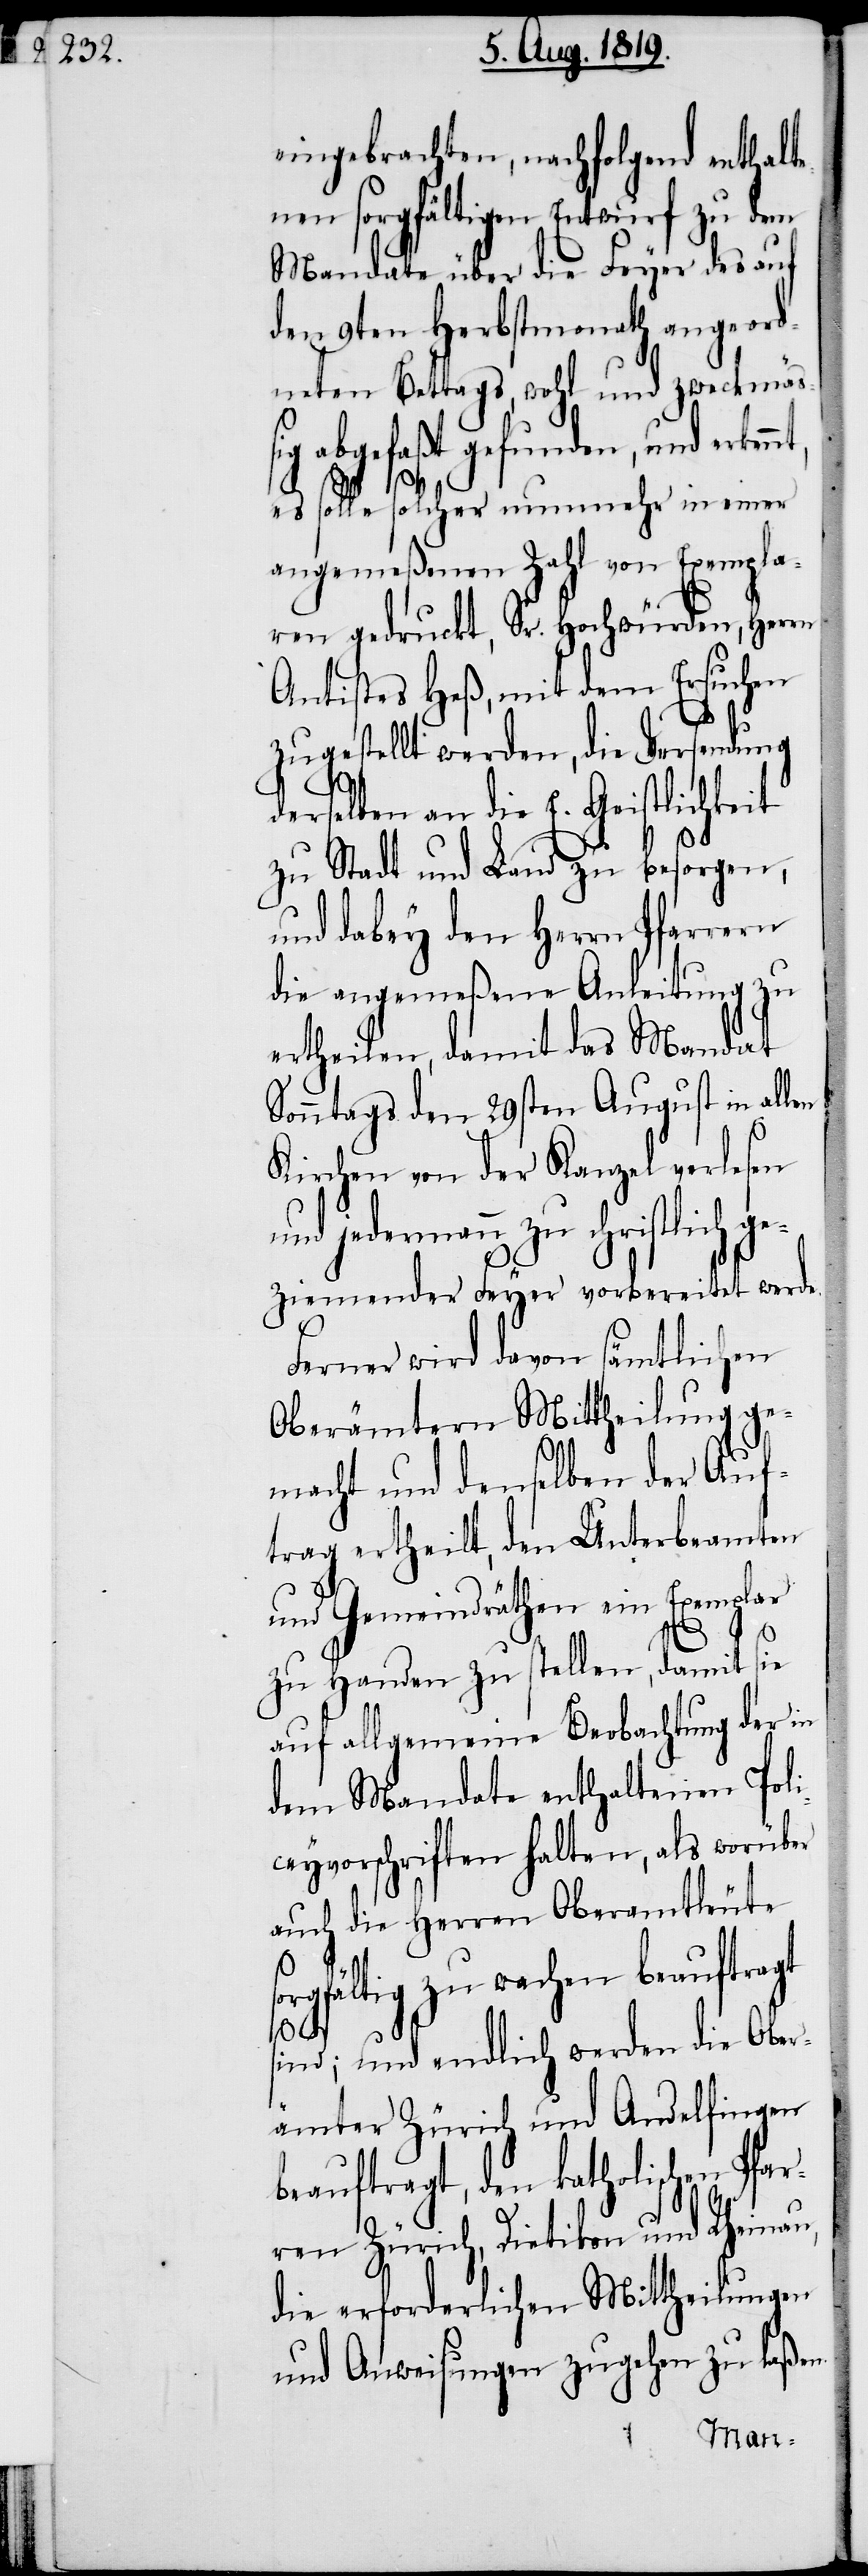
eingebrachten, nachfolgend enthalte¬
nen sorgfältigen Entwurf zu dem
Mandate über die Feyer des auf
den 9ten Herbstmonath angeord¬
neten Bettags, wohl und zweckmäss¬
ig abgefaßt gefunden, und erken¬
es solle solcher nunmehr in einer
angemeßen Zahl von Exempla¬
ren gedruckt, Sr. Hochwürden, Herrn
Antistes Heß, mit dem Ersuchen
zugestellt werden, die Versendung
derselben an die E. Geistlichkeit
zu Stadt und Land zu besorgen,
und dabey den Herrn Pfarrern
die angemeßene Anleitung zu
ertheilen, damit das Mandat
Sonntags den 29ten August in allen
Kirchen von der Kanzel verlesen
und jedermann zu schriftlich ge¬
ziemender Feyer vorbereitet werde.
Ferner wird davon sämtlichen
Oberämtern Mittheilung ge¬
macht und denselben der Auf¬
trag ertheilt, den Unterbeamten
und Gemeindräthen ein Exemplar
ar¬
zu Handen zu stellen, damit sie
auf allgemeine Beobachtung der in
dem Mandate enthaltenen Poli¬
ceyvorschriften halten, als worüber
auch die Herren Oberamtleute
sorgfältig zu wachen beauftragt
nt,
sind; und endlich werden die Ober¬
ämter Zürich und Andelfingen
eauftragt, den katholischen Pf¬
ren Zürich, Dietikon und Rheinau,
die erforderlichen Mittheilungen
und Anweisungen zugehen zu laßen.